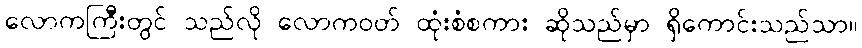
လောကကြီးတွင် သည်လို လောကဝတ် ထုံးစံစကား ဆိုသည်မှာ ရှိကောင်းသည်သာ။